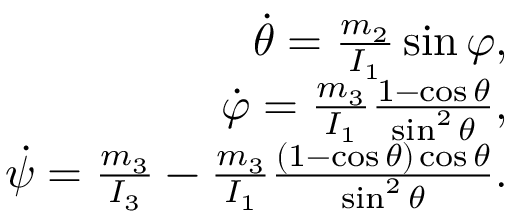
\begin{array} { r } { \dot { \theta } = \frac { m _ { 2 } } { I _ { 1 } } \sin \varphi , } \\ { \dot { \varphi } = \frac { m _ { 3 } } { I _ { 1 } } \frac { 1 - \cos \theta } { \sin ^ { 2 } \theta } , } \\ { \dot { \psi } = \frac { m _ { 3 } } { I _ { 3 } } - \frac { m _ { 3 } } { I _ { 1 } } \frac { ( 1 - \cos \theta ) \cos \theta } { \sin ^ { 2 } \theta } . } \end{array}